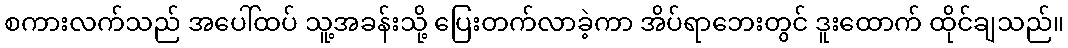
စကားလက်သည် အပေါ်ထပ် သူ့အခန်းသို့ ပြေးတက်လာခဲ့ကာ အိပ်ရာဘေးတွင် ဒူးထောက် ထိုင်ချသည်။